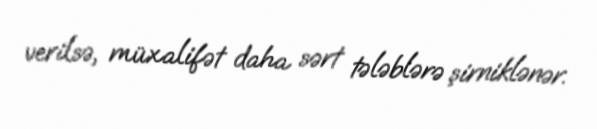
verilsə, müxalifət daha sərt tələblərə şirniklənər.